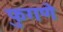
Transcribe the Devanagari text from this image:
फुगणे